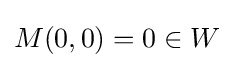
M(0,0)=0\in W